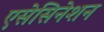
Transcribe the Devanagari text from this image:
एसेसिनेशन